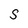
Character: S